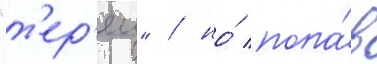
"т'ер'ец" / но́ попа́в